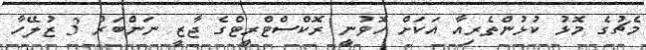
މެޗުގެ މޮޅު ކުޅުންތެރިއާ އަކަށް ހޮވުނީ ރޮކްސްޓްރީޓްގެ ޖާޒީ ނަންބަރު 3 ޒުލޭހާ